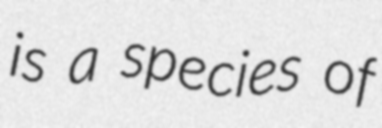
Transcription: is a species of